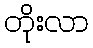
တိုးလာ